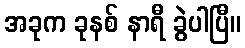
အခုက ခုနစ် နာရီ ခွဲပါပြီ။